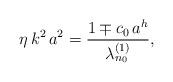
LaTeX: \begin{align*}\eta \, k^2 \, a^2 = \frac{1 \mp c_{0} \, a^h}{\lambda_{n_{0}}^{(1)}},\end{align*}